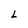
Character: L